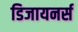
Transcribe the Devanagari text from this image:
डिजायनर्स